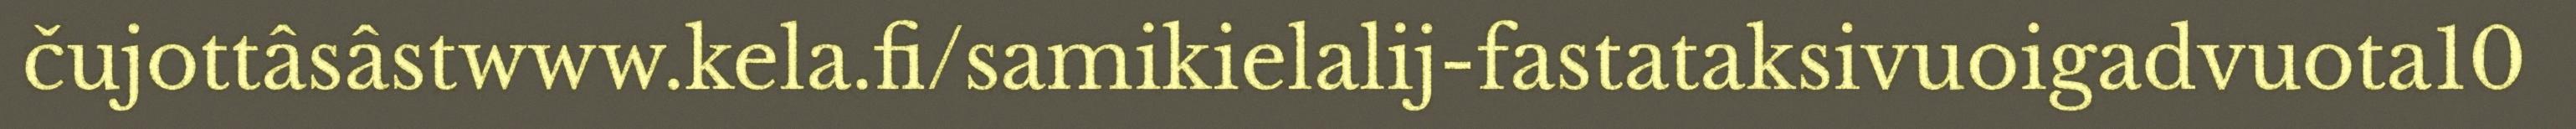
čujottâsâstwww.kela.fi/samikielalij-fastataksivuoigadvuota10